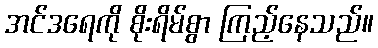
အင်ဒရေကို စိုးရိမ်စွာ ကြည့်နေသည်။